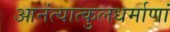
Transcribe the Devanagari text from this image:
आनंत्यात्कुलधर्माणां